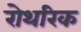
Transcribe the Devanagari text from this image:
रोथरिक